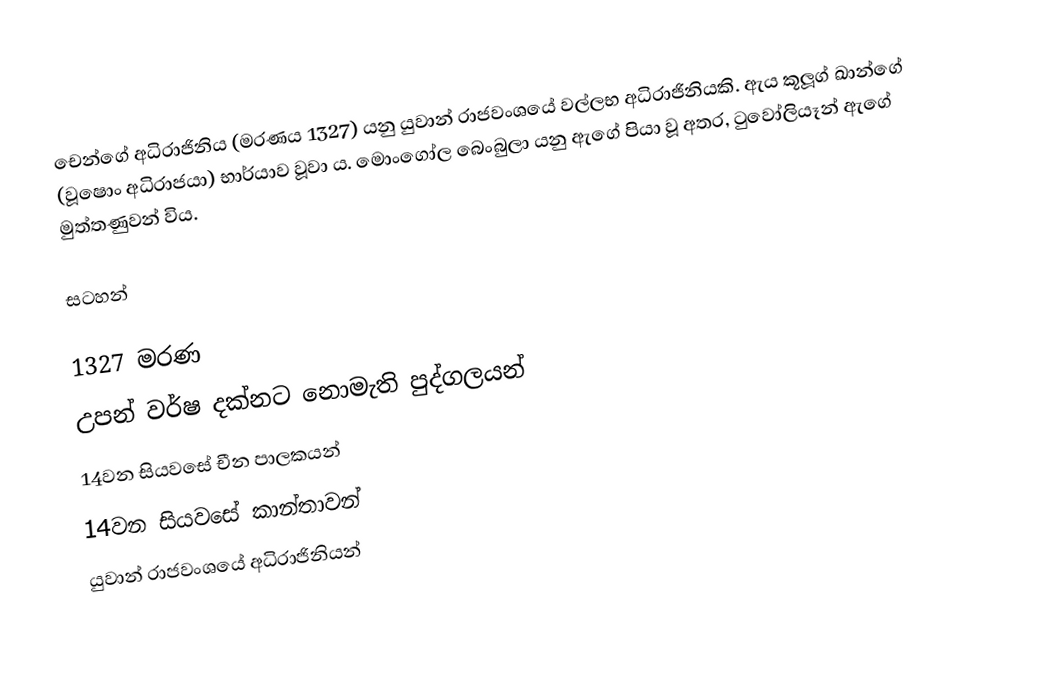
චෙන්ගේ අධිරාජිනිය (මරණය 1327) යනු යුවාන් රාජවංශයේ වල්ලභ අධිරාජිනියකි. ඇය කූලූග් ඛාන්ගේ (වූෂොං අධිරාජයා) භාර්යාව වූවා ය. මොංගෝල බෙංබුලා යනු ඇගේ පියා වූ අතර, ටුවෝලියෑන්‍ ඇගේ මුත්තණුවන් විය.

සටහන්

1327 මරණ
උපන් වර්ෂ දක්නට නොමැති පුද්ගලයන්
14වන සියවසේ චීන පාලකයන්
14වන සියවසේ කාන්තාවන්
යුවාන් රාජවංශයේ අධිරාජිනියන්